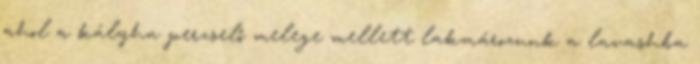
ahol a kályha perzselő melege mellett lakmározunk a lavashba